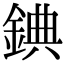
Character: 錪